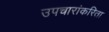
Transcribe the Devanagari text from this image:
उपचारांकरिता